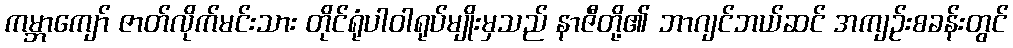
ကမ္ဘာကျော် ဇာတ်လိုက်မင်းသား တိုင်ရုံပါဝါရုပ်မျိုးမှသည် နာဇီတို့၏ ဘာဂျင်ဘယ်ဆင် အကျဉ်းစခန်းတွင်